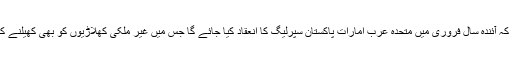
اجلاس میں فیصلہ کیا گیا کہ آئندہ سال فروری میں متحدہ عرب امارات پاکستان سپرلیگ کا انعقاد کیا جائے گا جس میں غیر ملکی کھلاڑیوں کو بھی کھیلنے کیلئے مدعو کیا جائے گا ۔